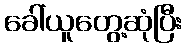
ခေါ်ယူတွေ့ဆုံပြီး